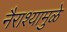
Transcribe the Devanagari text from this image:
नैराश्यामुळे